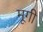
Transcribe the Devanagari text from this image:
मूगी